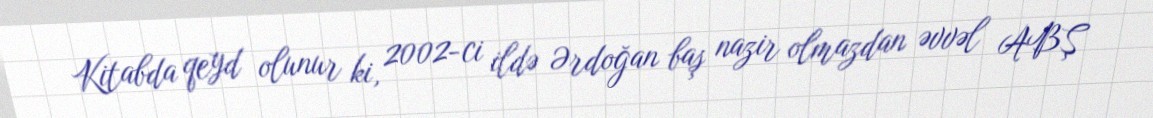
Kitabda qeyd olunur ki, 2002-ci ildə Ərdoğan baş nazir olmazdan əvvəl ABŞ